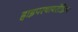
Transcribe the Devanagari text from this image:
हाइपरथायरोडिज़्म